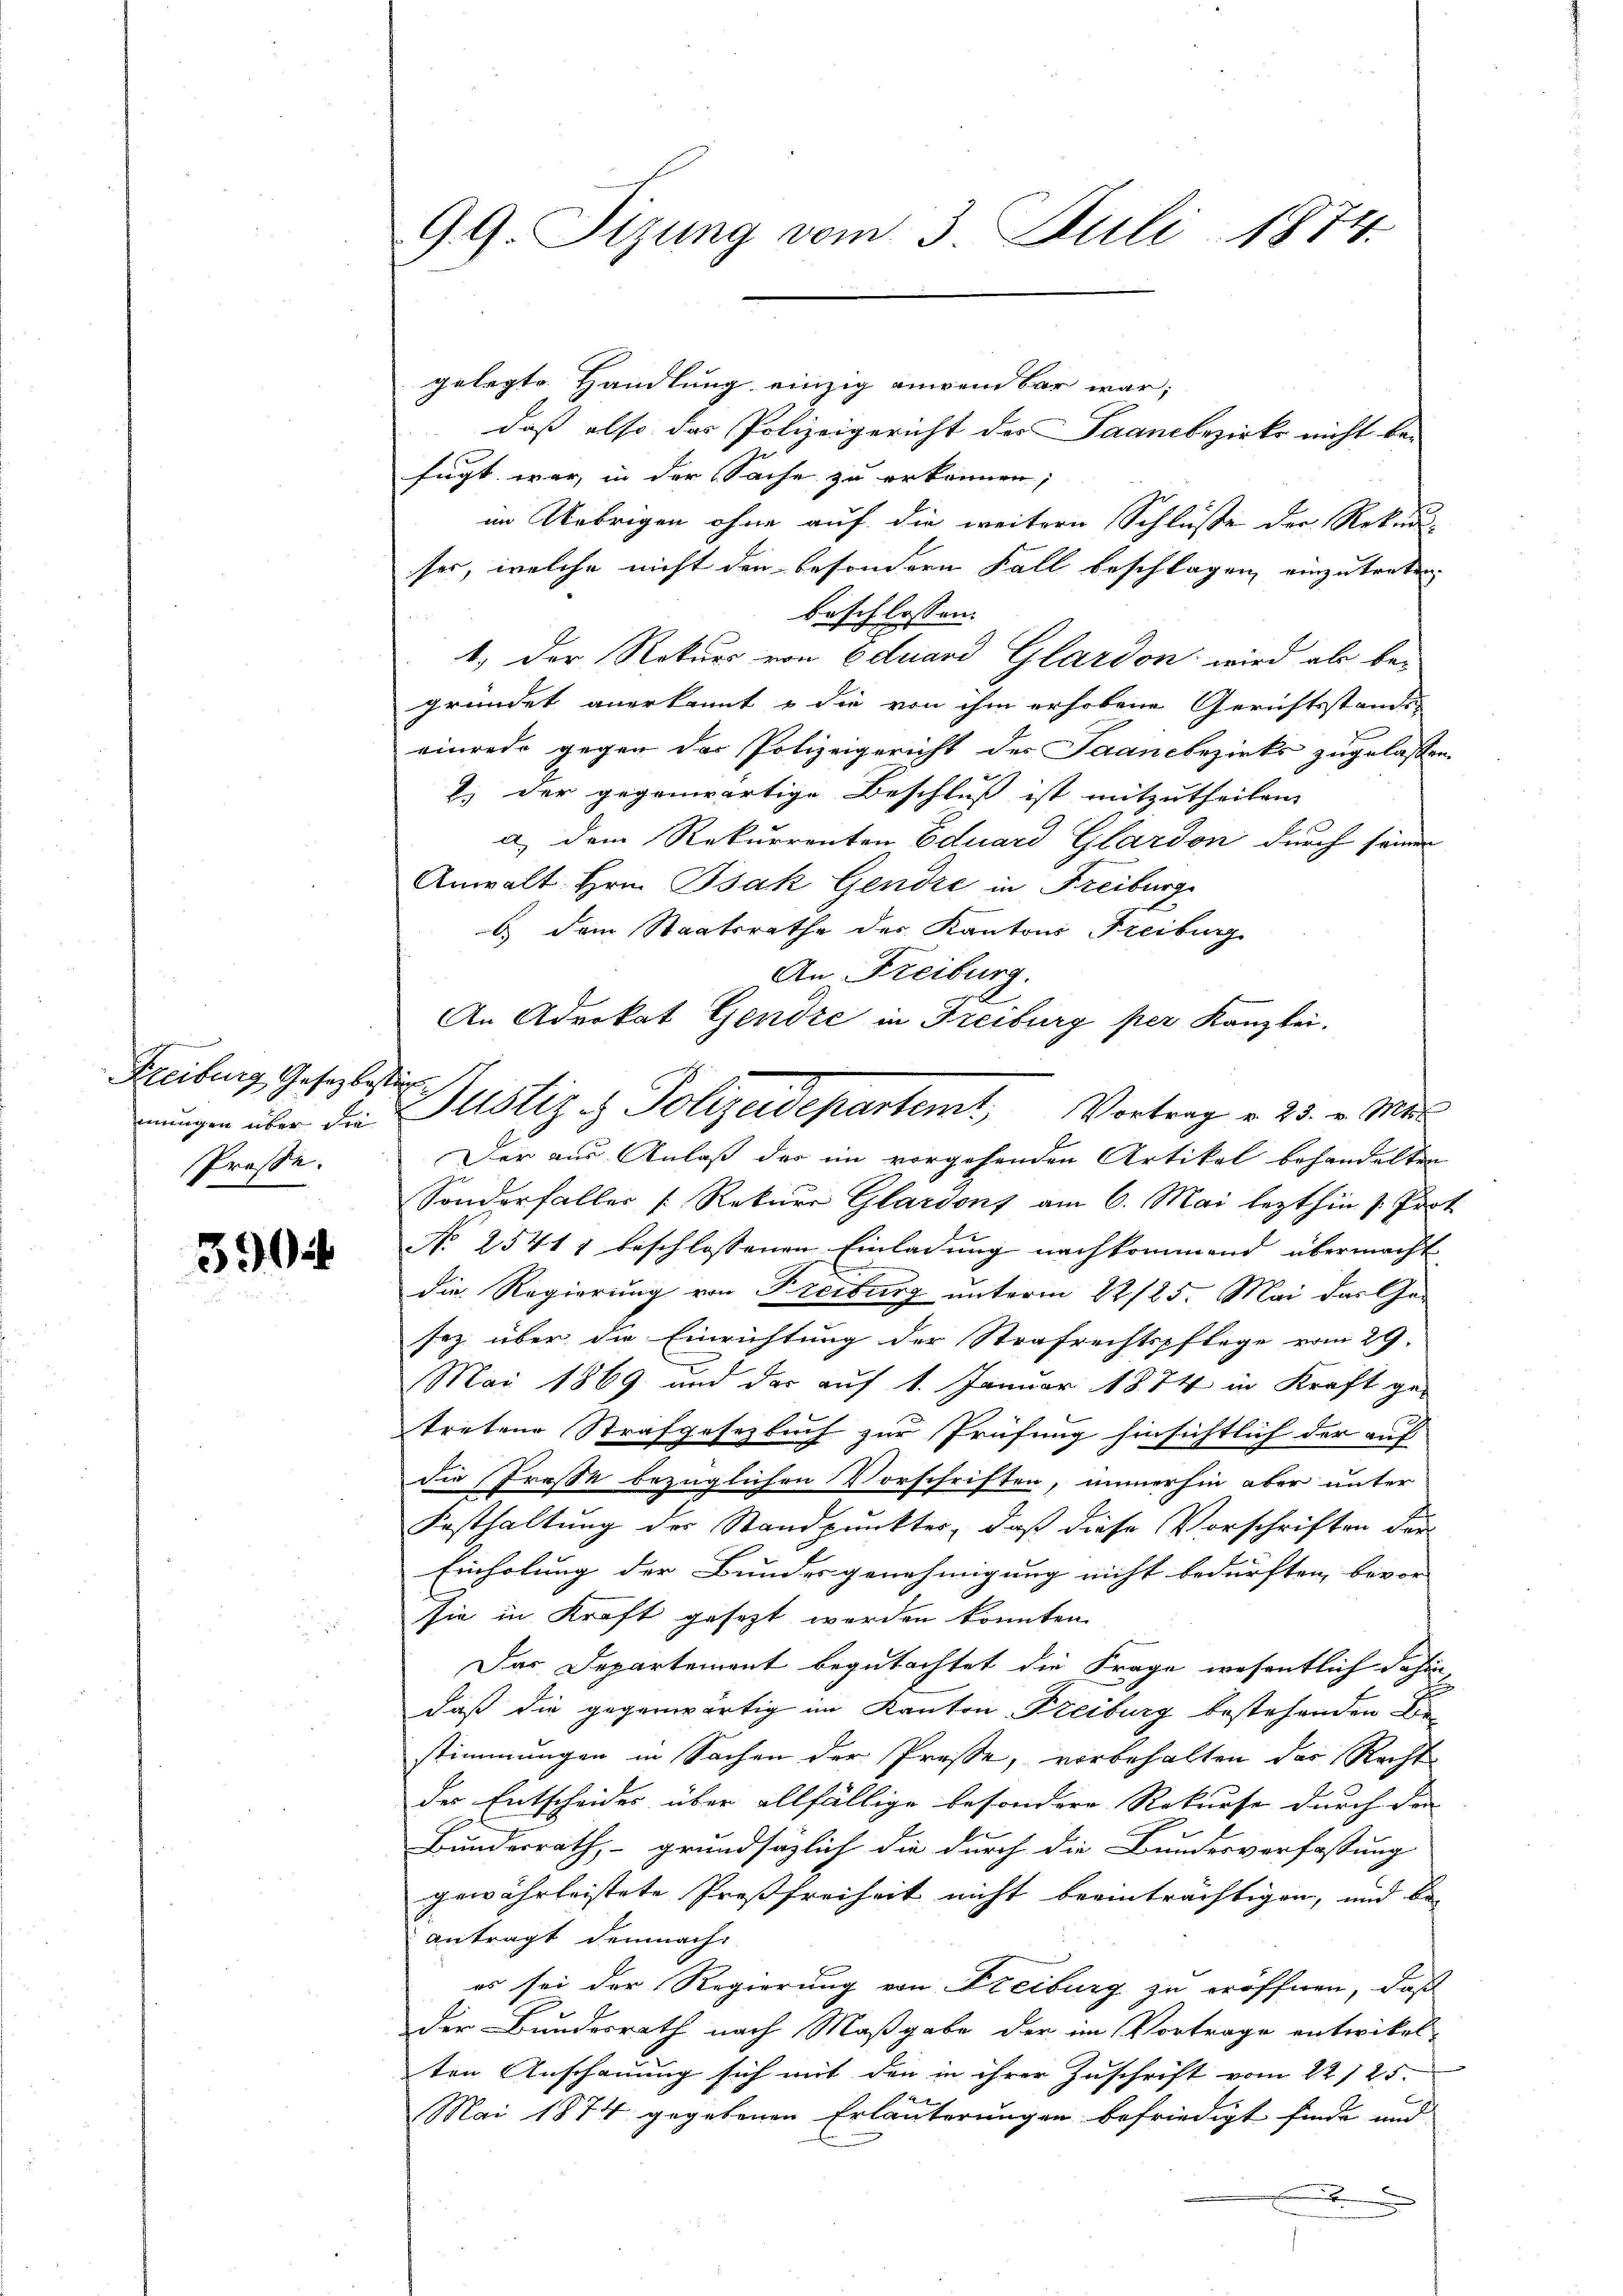
u
Freiburg Gesetz best
mungen über die
Prosse.

3904

99 Sizung vom 3. Juli 1874.

gelegte Handlung einzig anwendbar war;
daß also das Polizeigericht des Saambezirks nicht be-
fügt war, in der Sache zu erkennen;
im Uebrigen ohne auf die weitern Schlüße der Rekurs-
ser, welche nicht den besondern Fall beschlagen einzutreten
beschlossen:
1.) Der Rekurs von Eduard Glardon wird als bei
gründet anerkannt u die von ihm erhobene Gerichtsstande
einrede gegen der Polizeigericht des Saanebezirks zugelassen,
2.) Der gegenwärtige Beschluß ist mitzutheilen
a) dem Rekurrenten Eduard Glardon durch seinen
Anwalt Hrn. Isak Gendre in Freiburg
b dem Staatsrathe des Kantons Freiburg
An Freiburg.
An Advokat Gendre in Freiburg per Kanzlei.
i
Der aus Anlaß der im vorgehenden Artikel behandelten
Sonderfaller Rekurr Glardons am 6. Mai lezthin s. Prot
No 25411 beschlossenen Einladung nachkommend übermacht
die Regierung von Preiburg unterm 22/25. Mai das Ge-
sez über die Einrichtung der Strafrechtspflege vom 29.
Mai 1869 und das auf 1. Januar 1874 in Kraft ge-
tretene Strafgesetzbuch zur Prüfung hinsichtlich der auf
die Prose bezüglichen Vorschriften, immerhin aber unter
Festhaltung des Standpunkter, daß diese Vorschriften der
Einholung der Bundesgenehmigung nicht bedürften bevor
sie in Kraft gesezt werden könnten.
Das Departement begutachtet die Frage wesentlich dahin,
daß die gegenwärtig im Kanton Freiburg bestehenden Sie
stimmungen in Sachen der Presse, vorbehalten das Recht
der Entscheides über allfällige besondere Rekurse durch den
Bundesrath, - grundsätzlich die durch die Bundesverfassung
gewährleistete Preßfreiheit nicht beeinträchtigen, und beantragt demnach.
es sei der Regierung von Freiburg zu eröffnen, daß
der Bundesrath nach Maßgabe der im Vortrage entwickel-
ten Anschauung sich mit den in ihrer Zuschrift vom 22. 125.
Mai 1874 gegebenen Erläuterungen befriedigt finde und
.

Justiz & Polizeidepartemt, Vortrag v. 25. v. Mit